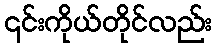
၎င်းကိုယ်တိုင်လည်း